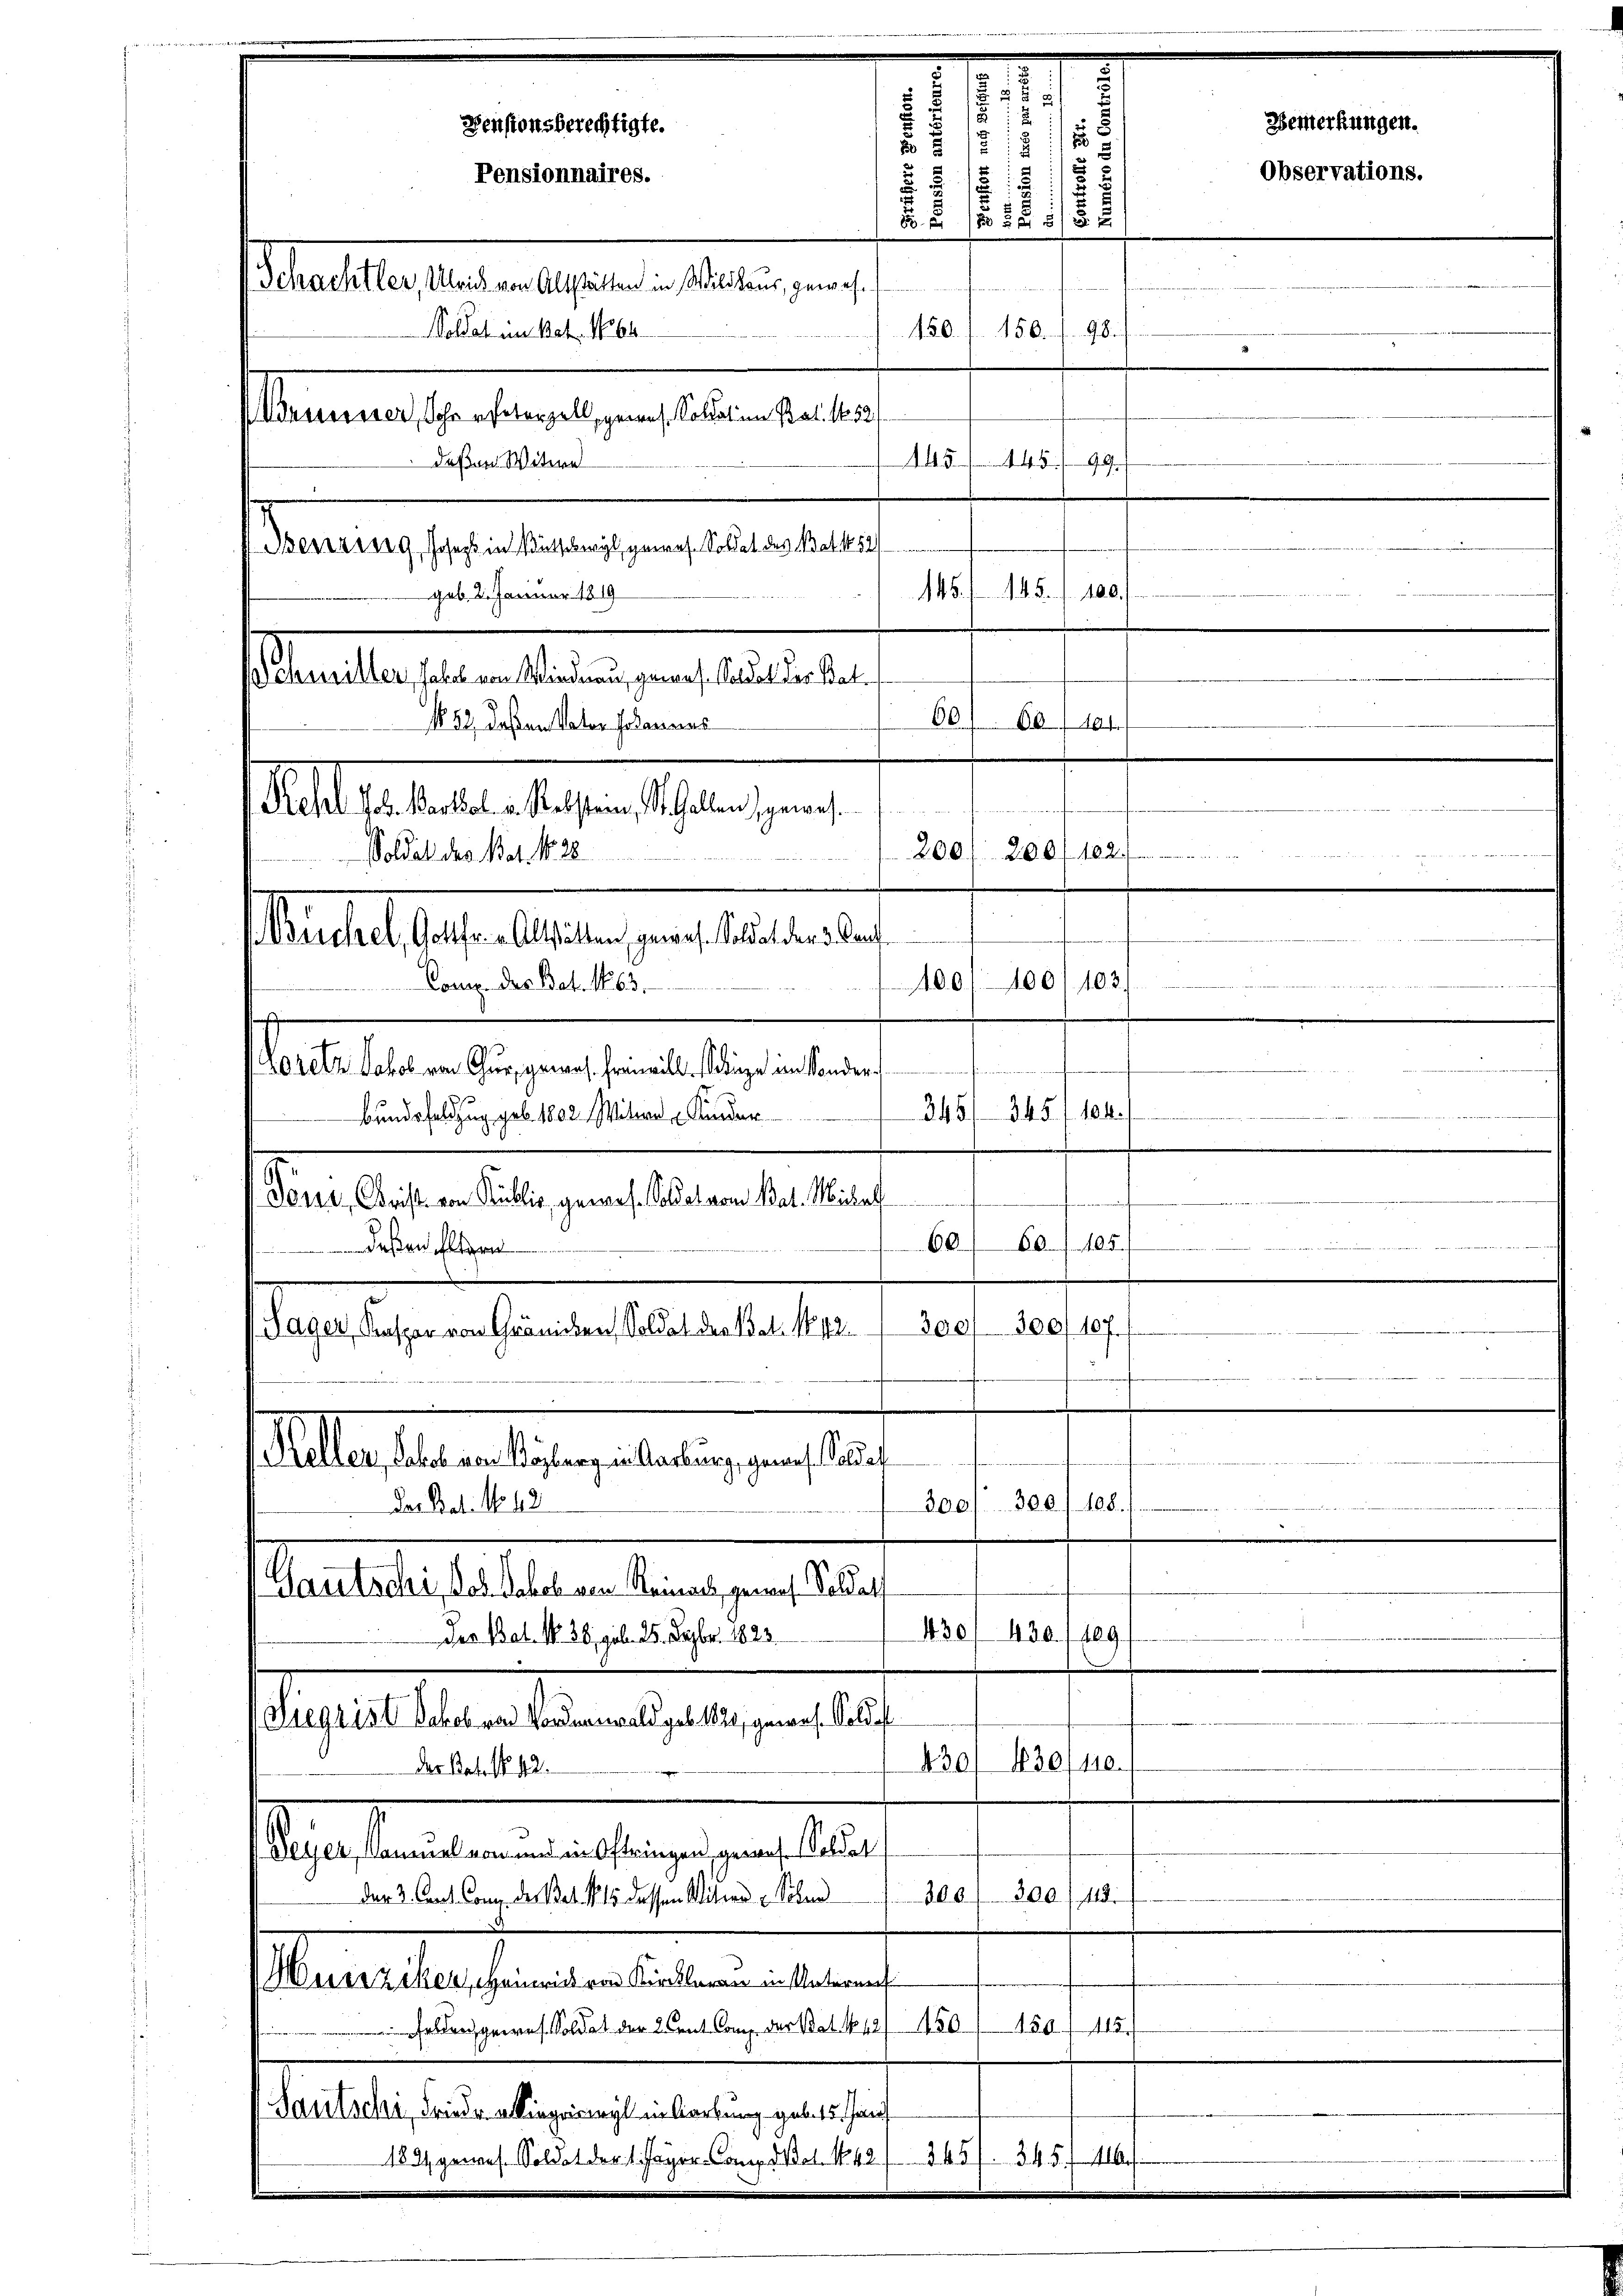
606 f.
1852 deßen Vater Johannes
as ist aber dieser Schwer einer
2001. 200 f 102
Soldat des Bat. 18. 28
uns et lesen besten eine testandern
100/100/103.
Comp. der Bat. 163.
aestalten beigen hergelegen ein
¬
345
11/1891
Bundesfeldzug geb. 1802. Mitere Kinder
Dorn, Christ von Kullis, gewes. Soldat vom Bat. Michal
60/105/
60
deßen Eltern
300/300/107.
Sager, Kaspar von Gränicken, Soldat der dat. 1842.
.
llastetentstage belangen seine
300
108.
Das Bat. No. 48
300.
Gautschi, Joh. Jakob ein Reinach, gerauf Soldat
430, 430. 100
Der Bat. No. 26. geb. 25. Dezbr. 1823.
Siegrist Schel vor Vordenmal geb. 121, gewes. Solda
430/ 1830
110.
der Bat. No. 42.
Peyer, Kammel von und in Oftringen, genauf. Soldat
300 f 300 (119.
der 3. Carl. Comp. des Bat. N. 15 dessen Witier - Schne
Hunziker, Heinrich von Kirchlagen in Unterneh
Felden gewes. Soldat der 2. Cent Comp. der Bat. No 12/1150
150. 415.
Sautschi, Friedenklingringt in Korbung geb. 15. Janis
1891 gewes. Soldat der 1. Payer Comp. dat. 142/365/ 345 f 16

e
.
.
2
Pensionsberechtigte.
¬
5
Pensionnaires.
5
 21
hatbestate bester in Alten eine

98.
150. f. 150.
Soldat im Betr. No 64
Wemuner, Sohn unterzell, gewes. Sollation Pat. 1652/
445.
deßen Witwe
45
99.
Senaten seine eines uns betretent
545. 100.
geb. 2. Januar 1819
Stanstalten lauten gestaltenen

.
vedite der
.

wrede sehr entgegeben den

Bemerkungen.
Observations.